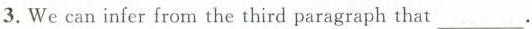
3.We can infer from the third paragraph that ___.